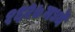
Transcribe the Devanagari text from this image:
१६२७मध्ये